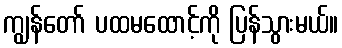
ကျွန်တော် ပထမထောင့်ကို ပြန်သွားမယ်။